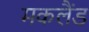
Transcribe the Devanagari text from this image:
मकलैंड